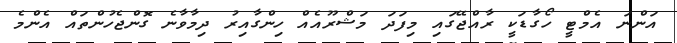
އަންނަ އެމްޓީ ހޯގާޑަކީ ރާއްޖޭގައި މިފަދަ މަޝްރޫއެއް ހިންގާއިރު ދިމާވާނެ ގޮންޖެހުންތައް އެންމެ